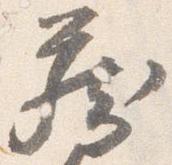
蔵